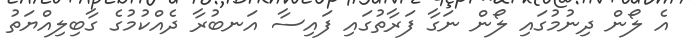
އެ ލޯން ދިނުމުގައި ލޯން ނަގާ ފަރާތުގައި ފައިސާ އަނބުރާ ދެއްކުމުގެ ގާބިލިއްޔަތު